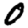
Digit: 0